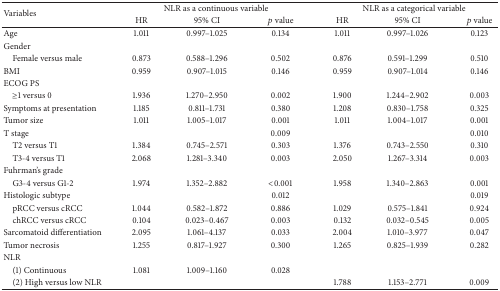
<table><thead><tr><td rowspan="2"><b>Variables</b></td><td colspan="3"><b>NLR as a continuous variable</b></td><td colspan="3"><b>NLR as a categorical variable</b></td></tr><tr><td><b>HR</b></td><td><b>95% CI</b></td><td><b><i>p</i> value</b></td><td><b>HR</b></td><td><b>95% CI</b></td><td><b><i>p</i> value</b></td></tr></thead><tbody><tr><td>Age</td><td>1.011</td><td>0.997–1.025</td><td>0.134</td><td>1.011</td><td>0.997–1.026</td><td>0.123</td></tr><tr><td>Gender</td><td> </td><td> </td><td> </td><td> </td><td> </td><td> </td></tr><tr><td> Female versus male</td><td>0.873</td><td>0.588–1.296</td><td>0.502</td><td>0.876</td><td>0.591–1.299</td><td>0.510</td></tr><tr><td>BMI</td><td>0.959</td><td>0.907–1.015</td><td>0.146</td><td>0.959</td><td>0.907–1.014</td><td>0.146</td></tr><tr><td>ECOG PS</td><td> </td><td> </td><td> </td><td> </td><td> </td><td> </td></tr><tr><td> ≥1 versus 0</td><td>1.936</td><td>1.270–2.950</td><td>0.002</td><td>1.900</td><td>1.244–2.902</td><td>0.003</td></tr><tr><td>Symptoms at presentation</td><td>1.185</td><td>0.811–1.731</td><td>0.380</td><td>1.208</td><td>0.830–1.758</td><td>0.325</td></tr><tr><td>Tumor size</td><td>1.011</td><td>1.005–1.017</td><td>0.001</td><td>1.011</td><td>1.004–1.017</td><td>0.001</td></tr><tr><td>T stage</td><td> </td><td> </td><td>0.009</td><td> </td><td> </td><td>0.010</td></tr><tr><td> T2 versus T1</td><td>1.384</td><td>0.745–2.571</td><td>0.303</td><td>1.376</td><td>0.743–2.550</td><td>0.310</td></tr><tr><td> T3-4 versus T1</td><td>2.068</td><td>1.281–3.340</td><td>0.003</td><td>2.050</td><td>1.267–3.314</td><td>0.003</td></tr><tr><td>Fuhrman&#x27;s grade</td><td> </td><td> </td><td> </td><td> </td><td> </td><td> </td></tr><tr><td> G3-4 versus G1-2</td><td>1.974</td><td>1.352–2.882</td><td>&lt;0.001</td><td>1.958</td><td>1.340–2.863</td><td>0.001</td></tr><tr><td>Histologic subtype</td><td> </td><td> </td><td>0.012</td><td> </td><td> </td><td>0.019</td></tr><tr><td> pRCC versus cRCC</td><td>1.044</td><td>0.582–1.872</td><td>0.886</td><td>1.029</td><td>0.575–1.841</td><td>0.924</td></tr><tr><td> chRCC versus cRCC</td><td>0.104</td><td>0.023–0.467</td><td>0.003</td><td>0.132</td><td>0.032–0.545</td><td>0.005</td></tr><tr><td>Sarcomatoid differentiation</td><td>2.095</td><td>1.061–4.137</td><td>0.033</td><td>2.004</td><td>1.010–3.977</td><td>0.047</td></tr><tr><td>Tumor necrosis</td><td>1.255</td><td>0.817–1.927</td><td>0.300</td><td>1.265</td><td>0.825–1.939</td><td>0.282</td></tr><tr><td>NLR</td><td> </td><td> </td><td> </td><td> </td><td> </td><td> </td></tr><tr><td> (1) Continuous</td><td>1.081</td><td>1.009–1.160</td><td>0.028</td><td> </td><td> </td><td> </td></tr><tr><td> (2) High versus low NLR</td><td> </td><td> </td><td> </td><td>1.788</td><td>1.153–2.771</td><td>0.009</td></tr></tbody></table>